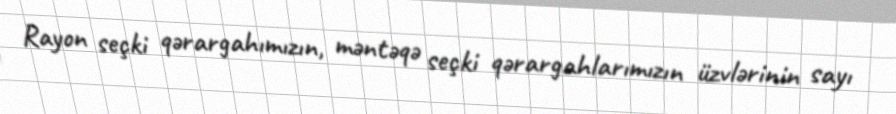
Rayon seçki qərargahımızın, məntəqə seçki qərargahlarımızın üzvlərinin sayı